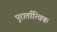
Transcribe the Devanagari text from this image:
पुरार्तात्विक